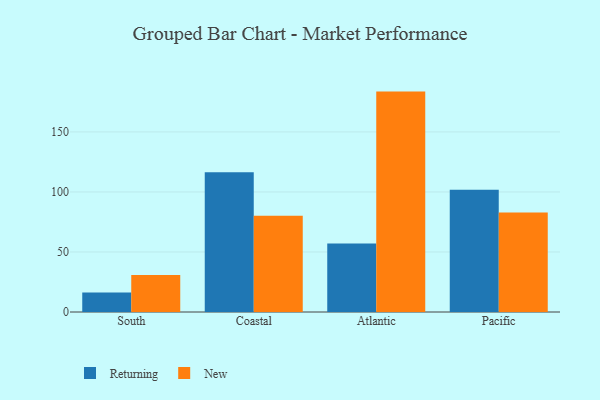
{"axis": {"x": "Region", "y": "Inventory Turnover"}, "legend": ["New", "Returning"], "data": [{"x": "South", "y": 16.3, "type": "Returning"}, {"x": "South", "y": 30.8, "type": "New"}, {"x": "Coastal", "y": 116.5, "type": "Returning"}, {"x": "Coastal", "y": 80.2, "type": "New"}, {"x": "Atlantic", "y": 57.0, "type": "Returning"}, {"x": "Atlantic", "y": 183.6, "type": "New"}, {"x": "Pacific", "y": 101.8, "type": "Returning"}, {"x": "Pacific", "y": 82.9, "type": "New"}]}